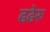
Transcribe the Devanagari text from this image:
ढढेरु